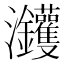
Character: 𰝵